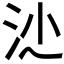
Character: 𣲡